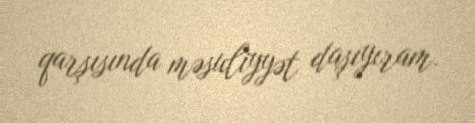
qarşısında məsuliyyət daşıyıram.